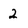
Character: 2